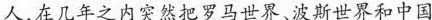
人，在几年之内突然把罗马世界、波斯世界和中国